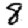
Digit: 8